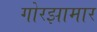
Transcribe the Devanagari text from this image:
गोरझामार